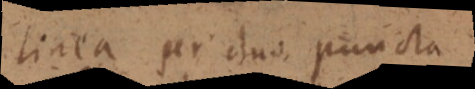
linea per duo puncta